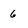
Character: 6